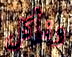
ونأكل